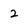
Character: 2